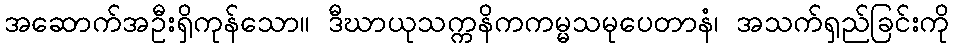
အဆောက်အဦးရှိကုန်သော။ ဒီဃာယုသက္ကနိကကမ္မသမုပေတာနံ၊ အသက်ရှည်ခြင်းကို